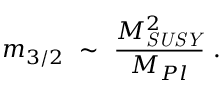
m _ { 3 / 2 } ~ \sim ~ { \frac { M _ { \it S U S Y } ^ { 2 } } { M _ { P l } } } ~ .